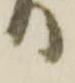
り